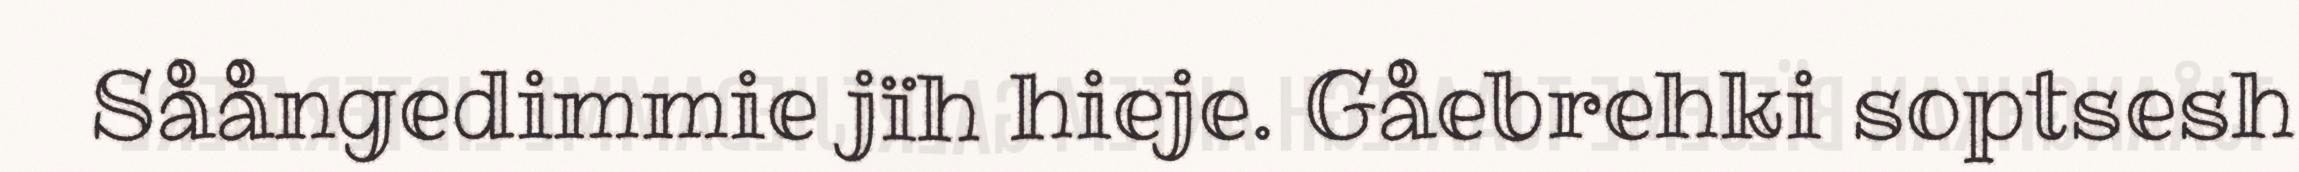
Såångedimmie jïh hieje. Gåebrehki soptsesh